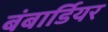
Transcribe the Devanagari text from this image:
बंबार्डियर